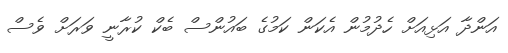
އަންދާ އަޅިއަށް ހެދުމުން އެކަން ކަމުގެ ބައުންސް ބެކް ކުރާނީ ވަރަށް ވެސް